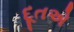
દૂતએ